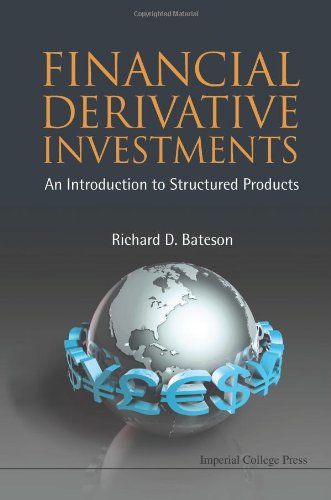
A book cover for Financial Derivative Investments: An Introduction to Structured Products; Richard D. Bateson; Business & Money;